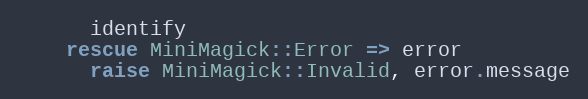
Language: Ruby
      identify
    rescue MiniMagick::Error => error
      raise MiniMagick::Invalid, error.message